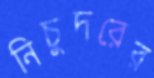
নিচুদরের